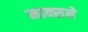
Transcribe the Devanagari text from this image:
माक्सने